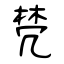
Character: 棾